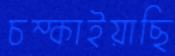
চম্‌কাইয়াছি